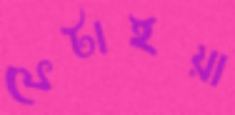
ফেটাইয়া